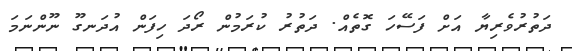
ދަތުރުވެރިޔާ އަށް ފަސޭހަ ގޮތެއް. ދަތުރު ކުރަމުން ރޯދަ ހިފަން އުދަނގޫ ނޫންނަމަ